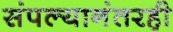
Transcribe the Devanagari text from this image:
संपल्यानंतरही